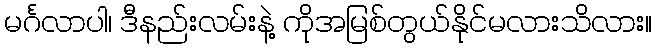
မင်္ဂလာပါ၊ ဒီနည်းလမ်းနဲ့ ကိုအမြစ်တွယ်နိုင်မလားသိလား။